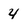
Character: 4